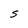
Character: S